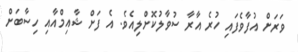
ވަރަށް އުފާވެފައި ހުރެ އާރާ ސުވާލުކޮށްލިއެވެ. އެ ފަށް ޝާއިމްއާއި ހިސާބަށް